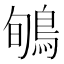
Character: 𪀽